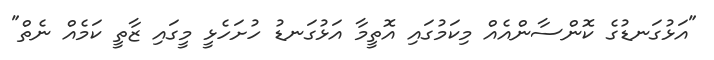
"އަޅުގަނޑުގެ ކޮންސާންއެއް މިކަމުގައި އޮތީމާ އަޅުގަނޑު ހުށަހެޅީ މީގައި ޒާތީ ކަމެއް ނެތް"